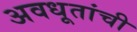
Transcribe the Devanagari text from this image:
अवधूतांची